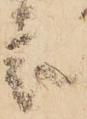
表